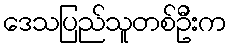
ဒေသပြည်သူတစ်ဦးက